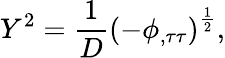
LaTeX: Y^{2}=\frac 1D\left(-\phi_{,\tau\tau}\right)^{\frac 12},